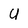
Character: U